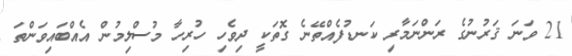
21 ވަނަ ޤަރުނުގެ ރަންނަމާރި ކަނޑުފެއްތޭނެ ގޮތަކީ ދިވެހި ހުރިހާ މުސްލިމުން އެއްބައިވަންތަ